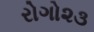
રોગો૨૩